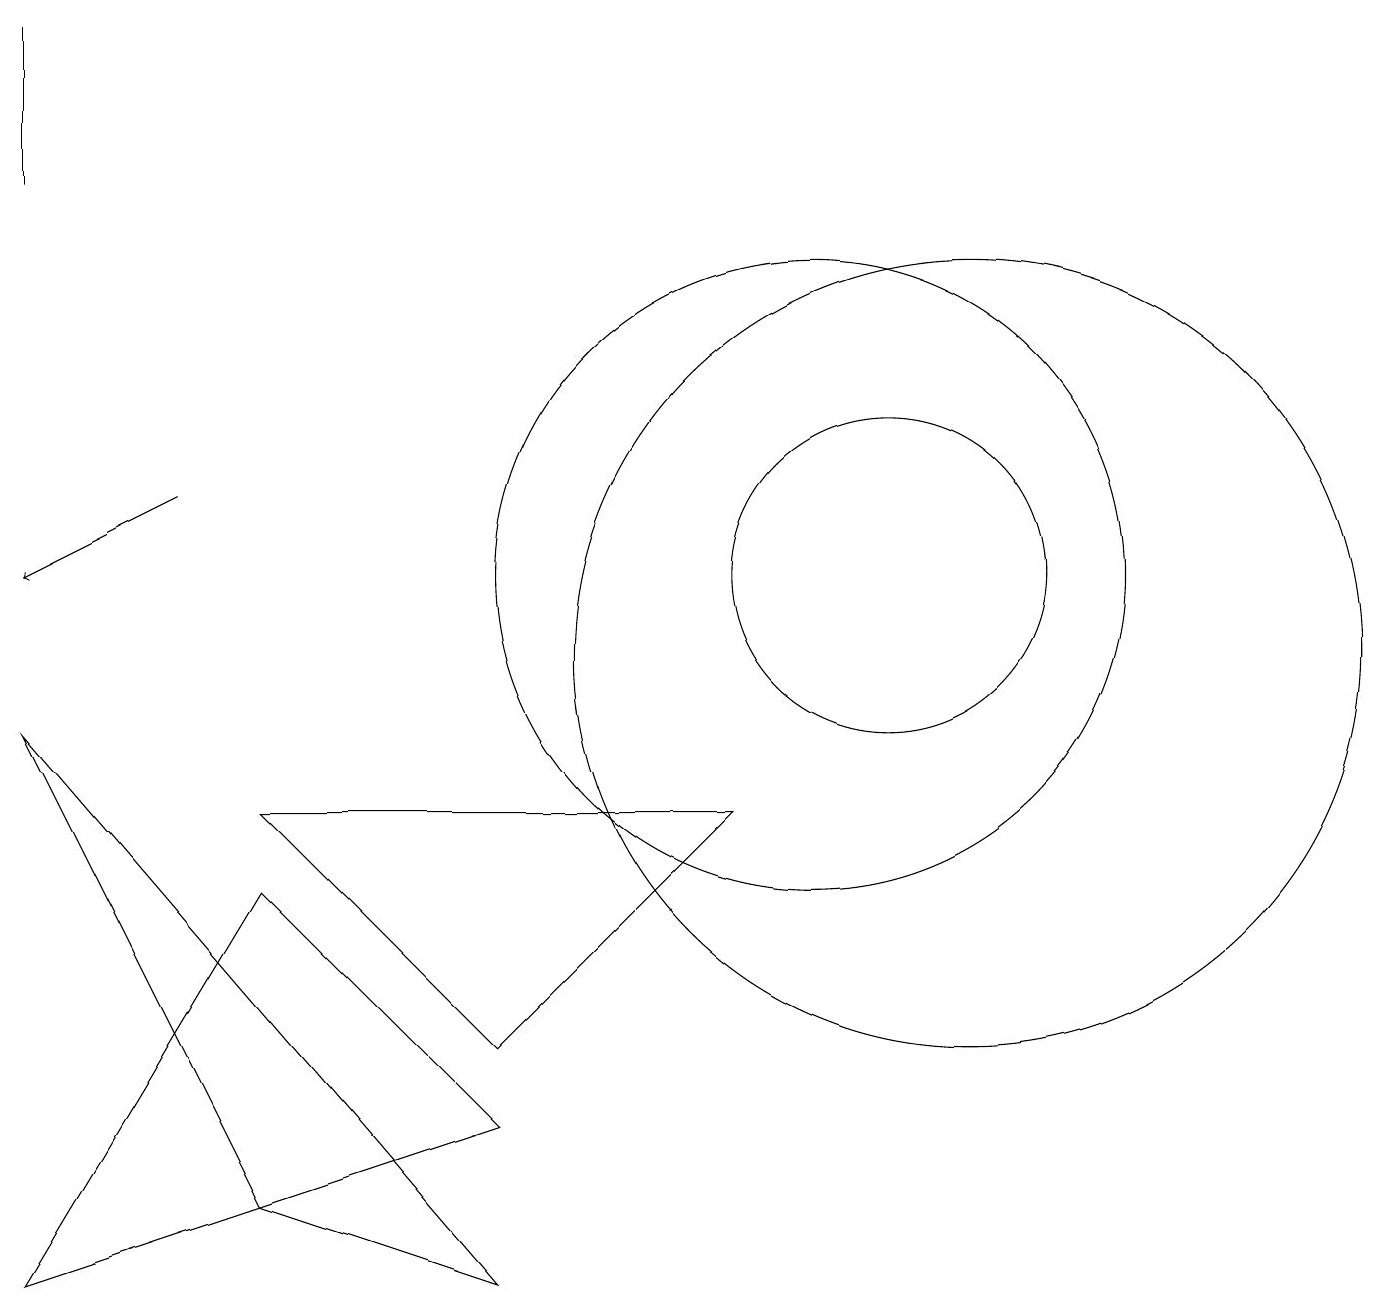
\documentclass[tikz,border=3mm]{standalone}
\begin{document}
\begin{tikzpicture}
\draw (0,9) -- (3,3) -- (6,2) -- cycle;
\draw (10,11) circle (4);
\draw[->] (2,12) -- (0,11);
\draw (0,16) rectangle (0,18);
\draw (12,10) circle (5);
\draw (3,8) -- (9,8) -- (6,5) -- cycle;
\draw (6,4) -- (0,2) -- (3,7) -- cycle;
\draw (11,11) circle (2);
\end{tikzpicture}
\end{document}